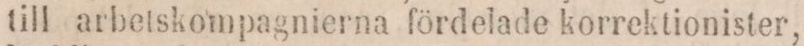
till arbetskompagnierna fördelade korrektionister,